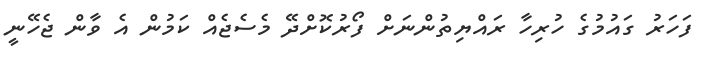
ފަހަރު ގައުމުގެ ހުރިހާ ރައްޔިތުންނަށް ފޯރުކޮށްދޭ މެސެޖެއް ކަމުން އެ ވާން ޖެހޭނީ